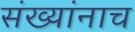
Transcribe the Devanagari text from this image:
संख्यांनाच